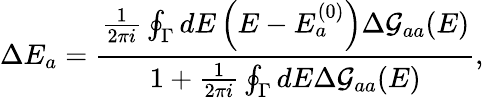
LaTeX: \Delta E_{a}=\frac{\frac{1}{2\pi i}\oint_{\Gamma}dE\left(E-E_{a}^{(0)}\right)\Delta\mathcal{G}_{aa}(E)}{1+\frac{1}{2\pi i}\oint_{\Gamma}dE\Delta\mathcal{G}_{aa}(E)},